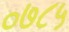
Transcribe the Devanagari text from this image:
०७८५